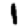
Digit: 1